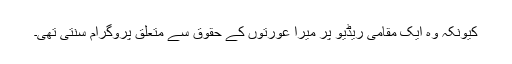
کیونکہ وہ ایک مقامی ریڈیو پر میرا عورتوں کے حقوق سے متعلق پروگرام سنتی تھی۔